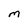
Character: M